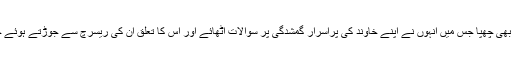
تل ابیب ٹائمز میں ڈاکٹر ڈیوڈ کی بیوی مارشا ڈیوڈ کا انٹرویو بھی چھپا جس میں انہوں نے اپنے خاوند کی پراسرار گمشدگی پر سوالات اٹھائے اور اس کا تعلق ان کی ریسرچ سے جوڑتے ہوئے حکومت سے مطالبہ کیا کہ اصل حقائق کو سامنے لایا جائے۔